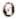
0